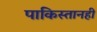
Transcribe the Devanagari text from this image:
पाकिस्तानही